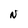
Character: N